Annual report on the health of the army in India
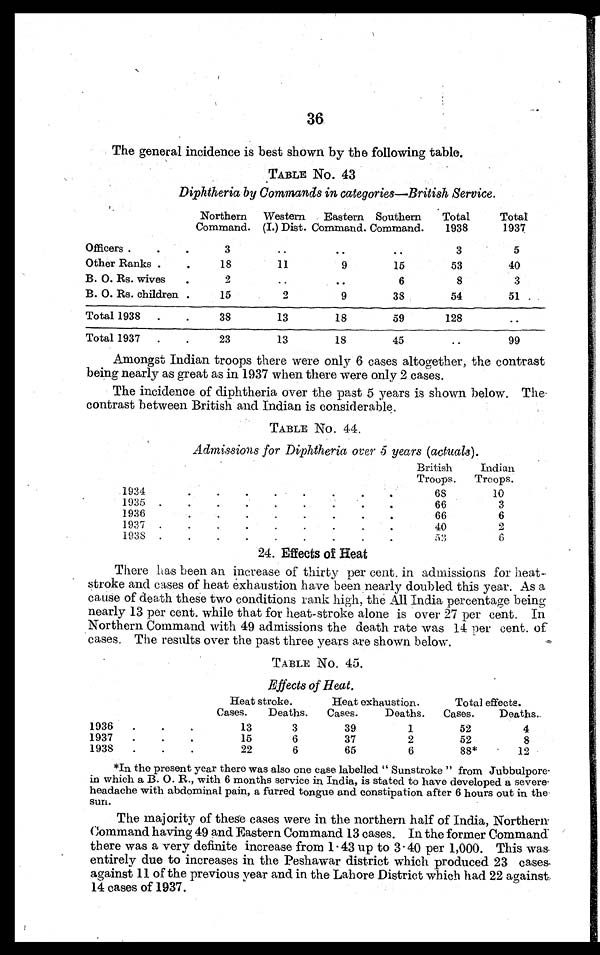
36
The general incidence is best shown by the following table.
TABLE NO. 43
Diphtheria by Commands in categories—British Service.
Northern
Command.
Western
(I.) Dist.
Eastern
Command.
Southern
Command.
Total
1938
Total
1937
Officers .
.
.
3
..
..
..
3
5
Other Ranks .
.
18
11
9
15
53
40
B. 0. Rs. wives
.
..
..
6
8
3
B. 0. Rs. children .
15
2
9
38
54
51
Total 1938
.
.
38
13
18
59
128
..
Total 1937
.
.
23
13
18
4 5
..
99
Amongst Indian troops there were only 6 cases altogether, the contrast
being nearly as great as in 1937 when there were only 2 cases.
The incidence of diphtheria over the past 5 years is shown below. The
contrast between British and Indian is considerable.
TABLE NO. 44.
Admissions for Diphtheria over 5 years (actuals)
British
Indian
Troops.
Troops.
1934.
.
.
.
.
.
.
.
6 8
10
1935
.
.
.
.
.
.
.
.
.
66
3
1936
66
6
1937
.
.
.
.
.
.
.
.
40
2
1938
.
.
.
.
.
.
.
.
.
5 3
6
24. Effects of Heat
There has been an increase of thirty per cent. in admissions for heat
¬stroke and cases of heat exhaustion have been nearly doubled this year. As a
cause of death these two conditions rank high, the All India percentage being
nearly 13 per cent. while that for heat-stroke alone is over 27 per cent. In
Northern Command with 49 admissions the death rate was 14 per cent. of
cases. The results over the past three years are shown below.
TABLE NO. 45.
Effects of Heat.
Heat stroke.
Heat exhaustion.
Total effects.
Cases.
Deaths.
Cases.
Deaths.
Cases.
Deaths..
1936
.
.
.
13
3
39
1
52
4
1937
.
.
•
15
6
37
2
52
8
1938
.
.
.
22
6
65
6
88*
12
*In the present year there was also one case labelled " Sunstroke " from Jubbulpore
in which a B. O. R., with 6 months service in India, is stated to have developed a severe-
headache with abdominal pain, a furred tongue and constipation after 6 hours out in the.
sun.
The majority of these cases were in the northern half of India, Northern
Command having 49 and Eastern Command 13 cases. In the former Command
there was a very definite increase from 1.43 up to 3.40 per 1,000. This was
entirely due to increases in the Peshawar district which produced 23 cases
against 11 of the previous year and in the Lahore District which had 22 against
14 cases of 1937.